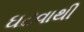
ઘટવાથી